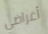
أغراضي